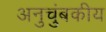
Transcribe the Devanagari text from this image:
अनुचुंबकीय